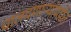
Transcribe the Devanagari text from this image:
चालवणार्‍यांपर्यंत